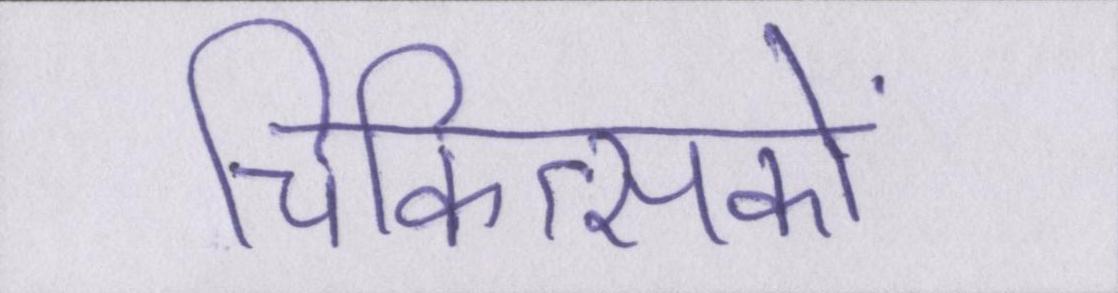
चिकित्सकों